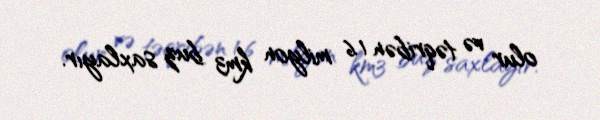
olur və təqribən 1.6 milyon km3 buz saxlayır.